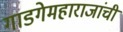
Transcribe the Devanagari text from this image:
गाडगेमहाराजांची